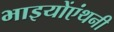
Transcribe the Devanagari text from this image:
भाइयोंएंथनी